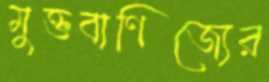
মুক্তবাণিজ্যের